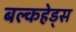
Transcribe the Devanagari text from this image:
बल्‍कहेड्स